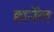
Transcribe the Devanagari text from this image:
हार्नेल